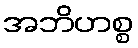
အဘိဟစ္စ